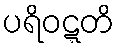
ပရိဝဋ္ဋတိ